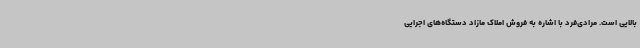
بالایی است. مرادی‌فرد با اشاره به فروش املاک مازاد دستگاه‌های اجرایی